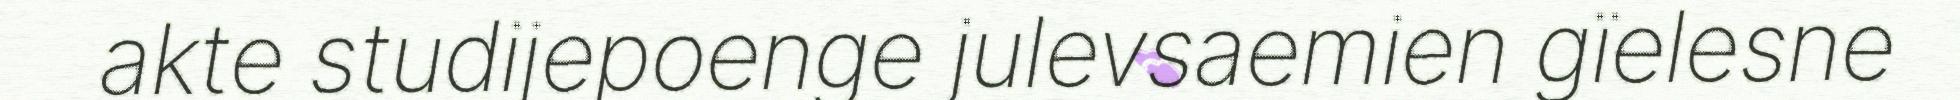
akte studijepoenge julevsaemien gïelesne